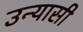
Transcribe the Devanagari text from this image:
उन्यासी